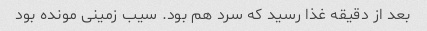
بعد از دقیقه غذا رسید که سرد هم بود. سیب زمینی مونده بود